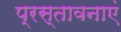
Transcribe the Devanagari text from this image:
प्रस्तावनाएं